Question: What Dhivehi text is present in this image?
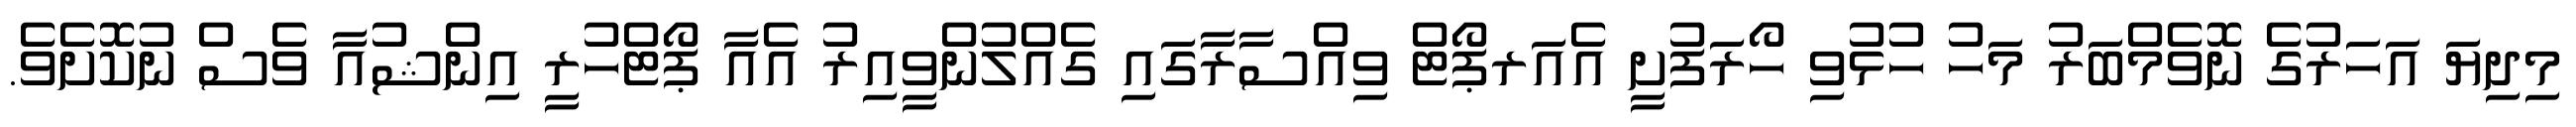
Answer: މިދިޔަ އަހަރުގެ ނޮވެމްބަރު މަހު ހުޅުވި ހޯރަފުށީ އެއަރޕޯޓް ވިއްސާރާގައި ގެއްލުންވީއިރު އެއާ ޕޯޓްހުރީ އިންޝުއާ ވެސް ނުކޮށެވެ.